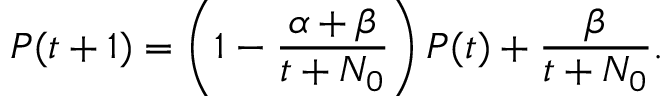
P ( t + 1 ) = \left( 1 - \frac { \alpha + \beta } { t + N _ { 0 } } \right) P ( t ) + \frac { \beta } { t + N _ { 0 } } .